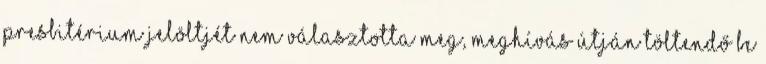
presbitérium jelöltjét nem választotta meg, meghívás útján töltendő be